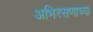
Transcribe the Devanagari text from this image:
अभिरसणाच्या